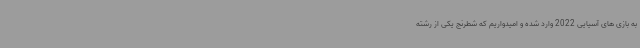
به بازی های آسیایی 2022 وارد شده و امیدواریم که شطرنج یکی از رشته